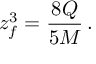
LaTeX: z _ { f } ^ { 3 } = { \frac { 8 Q } { 5 M } } \, .